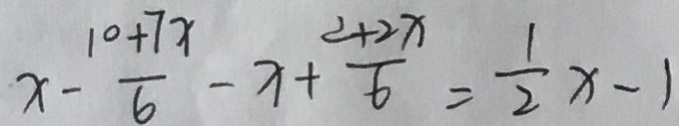
x - \frac { 1 0 + 7 x } { 6 } - x + \frac { 2 + 2 x } { 6 } = \frac { 1 } { 2 } x - 1